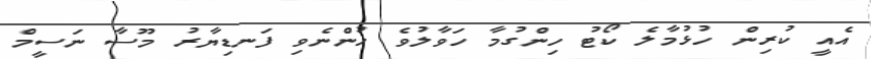
އެއީ ކުރިން ހުޅުމާލެ ކޯޓު ހިންގުމާ ހަވާލުވެ ހުންނެވި ފަނޑިޔާރު މޫސާ ނަސީމް